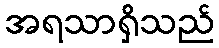
အရသာရှိသည်